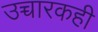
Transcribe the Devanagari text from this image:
उच्चारकही